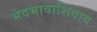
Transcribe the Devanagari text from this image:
भेदभावाशिवाय